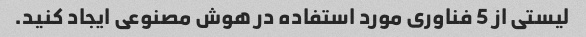
لیستی از 5 فناوری مورد استفاده در هوش مصنوعی ایجاد کنید.